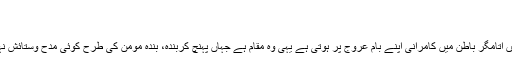
(دربرگ لالہ وگُل(97/1)
مالک و مولیٰ کی مہربانی:
کئی بار قربانی دینے والا بظاہر کامران نظر نہیں آتامگر باطن میں کامرانی اپنے بام عروج پر ہوتی ہے یہی وہ مقام ہے جہاں پہنچ کربندہ، بندۂ مؤمن کی طرح کوئی مدح وستائش نہیں چاہتااس لیے کہ وہ خود مقام مدح بن جاتاہے۔